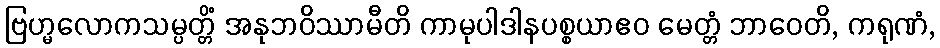
ဗြဟ္မလောကသမ္ပတ္တိံ အနုဘဝိဿာမီတိ ကာမုပါဒါနပစ္စယာဧဝ မေတ္တံ ဘာဝေတိ, ကရုဏံ,